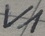
Text: V1